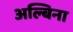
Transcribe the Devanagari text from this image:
अल्बिना